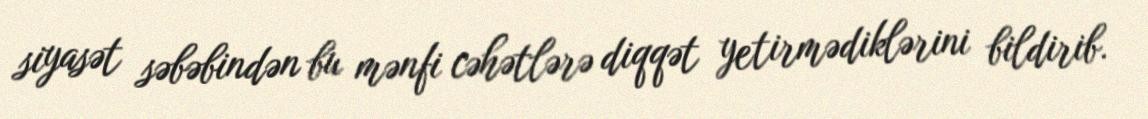
siyasət səbəbindən bu mənfi cəhətlərə diqqət yetirmədiklərini bildirib.